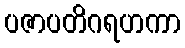
ပဇာပတိဂရဟကာ